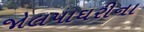
જોલપાઘરીના